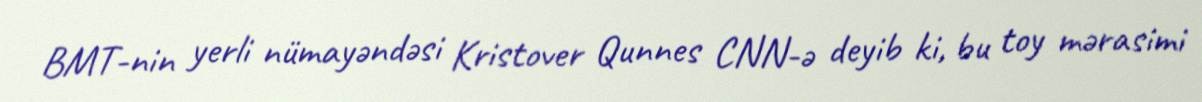
BMT-nin yerli nümayəndəsi Kristover Qunnes CNN-ə deyib ki, bu toy mərasimi